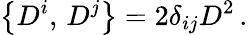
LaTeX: \left\{ D^{i},\, D^{j}\right\} =2\delta_{ij}D^{2}\, .